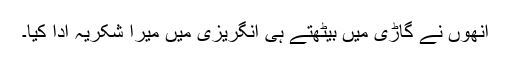
انھوں نے گاڑی میں بیٹھتے ہی انگریزی میں میرا شکریہ ادا کیا۔